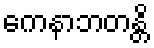
ကေနာဘတန္တိ